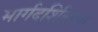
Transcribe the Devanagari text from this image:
मार्गदर्शिकाएं